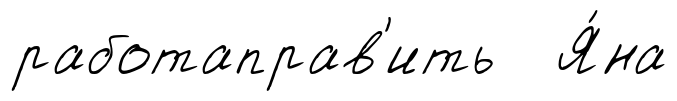
работаправ'ить Я́на